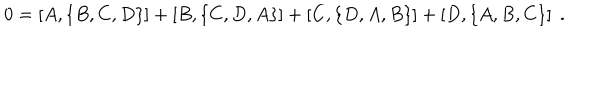
0 = \left[ A , \left\{ B , C , D \right\} \right] + \left[ B , \left\{ C , D , A \right\} \right] + \left[ C , \left\{ D , A , B \right\} \right] + \left[ D , \left\{ A , B , C \right\} \right] \; .